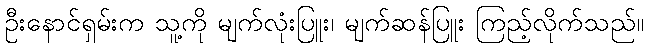
ဦးနောင်ရှမ်းက သူ့ကို မျက်လုံးပြူး၊ မျက်ဆန်ပြူး ကြည့်လိုက်သည်။